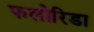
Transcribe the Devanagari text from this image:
फलोरिडा